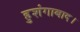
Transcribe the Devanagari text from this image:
हुशंगाबाद।